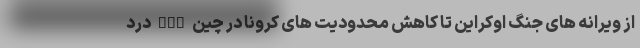
از ویرانه های جنگ اوکراین تا کاهش محدودیت های کرونا در چین nan درد